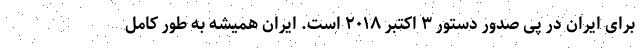
برای ایران در پی صدور دستور ۳ اکتبر ۲۰۱۸ است. ایران همیشه به طور کامل